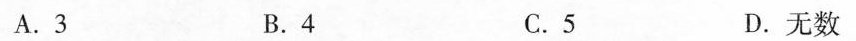
A.3 B.4 C.5 D.无数